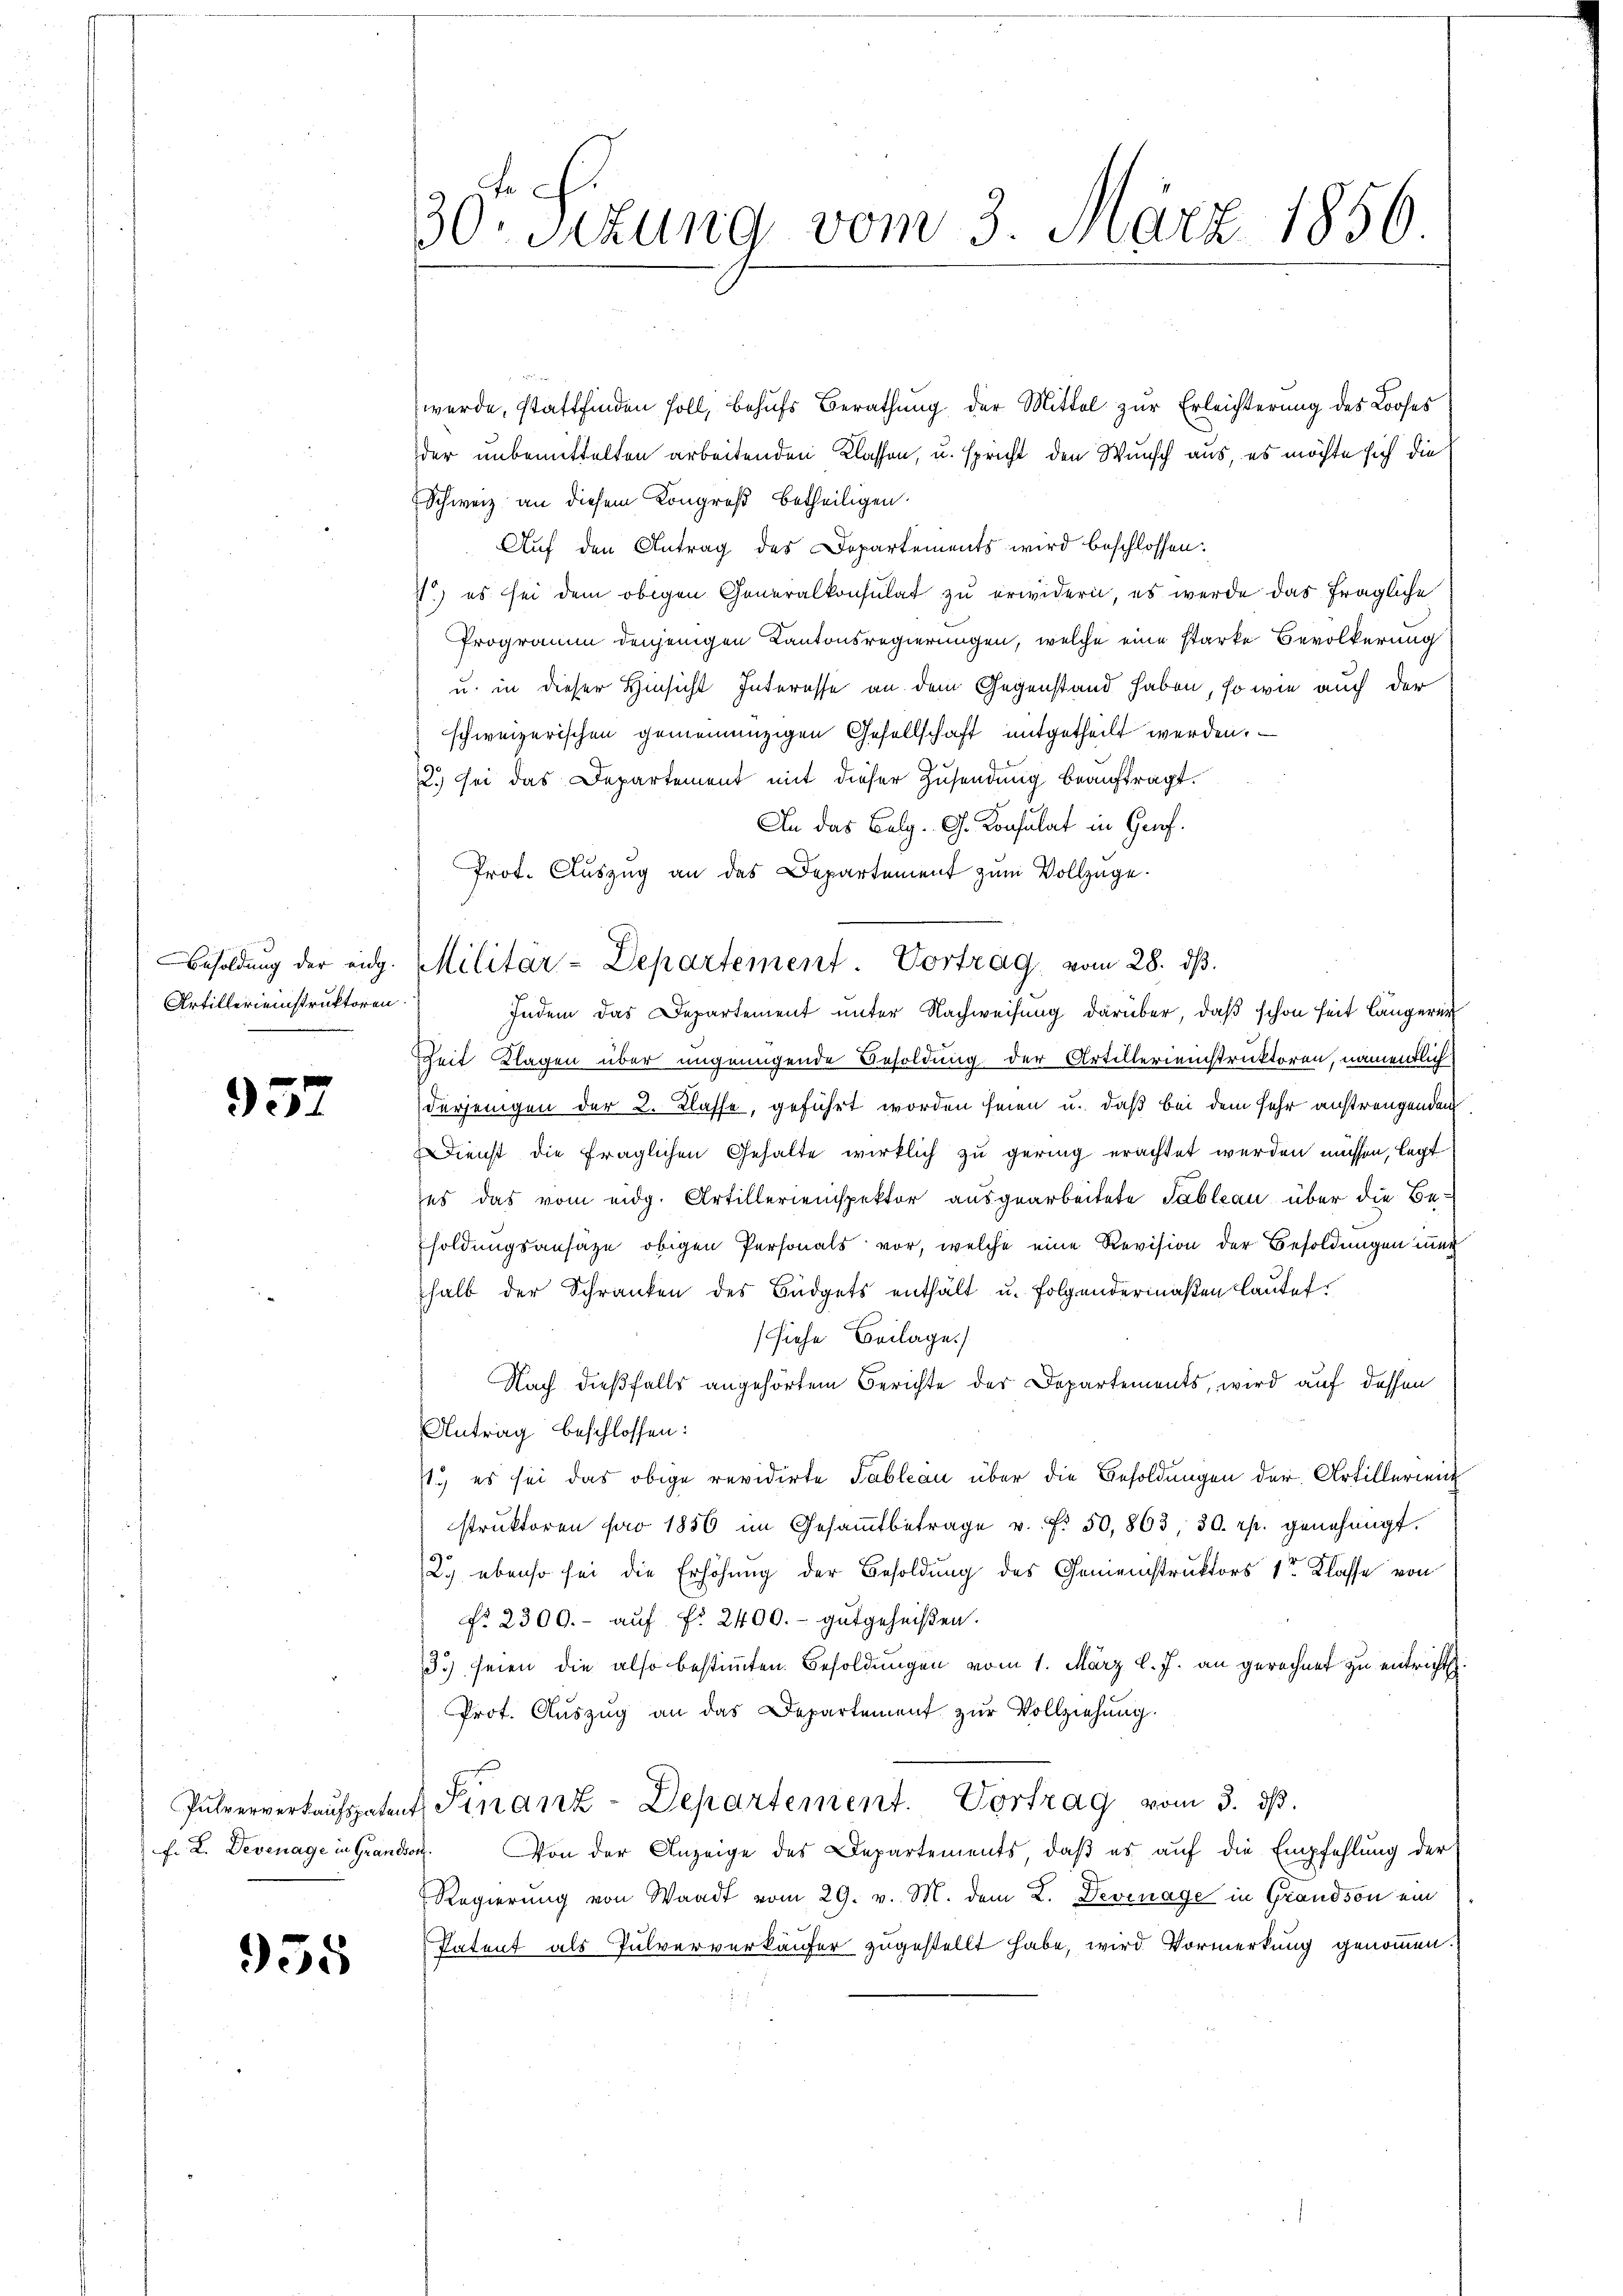
Besoldung der eidg.
Artillereinstruktoren.

957

955

30. Sizung vom 3. März 1856

Prot. Auszug an das Departement zum Vollzüge.
Militär-Departement. Vortrag vom 28. dβ.

e
werde, stattfinden soll, behufs Berathung der Mittel zur Erleichterung des Looses
der unbemittelten arbeitenden Klassen, u. spricht den Wunsch aus, es möchte sich die
Schweiz an diesem Kongreß betheiligen.
Auf den Antrag des Departements wird beschlossen:
7, es sei dem obigen Generalkonsulat zu erwidern, es werde das fragliche
Programm denjenigen Kantonsregierungen, welche eine starke Bevölkerung
u. in dieser Hinsicht Interesse an dem Gegenstand haben, so wie auch der
schweizerischen gemeinanzigen Gesellschaft mitgetheilt werden.
2.) sei das Departement mit dieser Zusendung beauftragt.
An das Belg. G. Konsulat in Grof.
Indem das Departement unter Nachweisung darüber, daß schon seit längerer
Zeit Klagen über ungenügende Besoldung der Artillerienstruktoren, namentlich
derjenigen der 2. Klasse, geführt worden seien u. daß bei dem sehr anstrengenden
Dienst die fraglichen Gehalte wirklich zu gering erachtet werden müssen, legt
es das vom eidg. Artillerienspektor ausgearbeitete Tableau über die Besoldungsansätze obigen Personals vor, welche eine Revision der Besoldungen ung
halb der Schranken des Büdgets enthält u. folgendermaßen lautet.
(siehe Beilage.
Nach dießfalls angehörtem Berichte der Departements, wird auf dessen
Antrag beschlossen:
71., es sei das obige revidirte Tableau über die Besoldungen der Artillerient
struktoren far 1856 im Gesammtbetrage u. f. 50,863, 30 rp. genehmigt.
29), ebenso sei die Erhöhung der Besoldung des Gemeinstruktors 1te Klasse von
N. 2300.- aŭf fr. 2400.- gutgeheißen.
3) seien die also bestimmten Besoldungen vom 1. März l. J. an gerechnet zu entricht
Prof. Aŭszŭg an das Departement zŭr Vollziehung.
Pulververkaŭfsatent Finanz-Departement. Vortrag vom 3. ds.
f. L. Devenage in Grandon. Von der Anzeige des Departements, daß es auf die Empfehlung der
Regierung von Waadt vom 29. v. M. dem L. Devenage in Grandson ein
Patent als Pulververkäufer zugestellt habe, wird Vormerkung genommen.